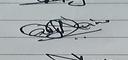
Signature authenticity: genuine